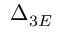
\Delta _ { 3 E }